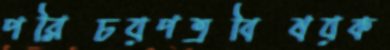
পরিচয়পত্রবিষয়ক